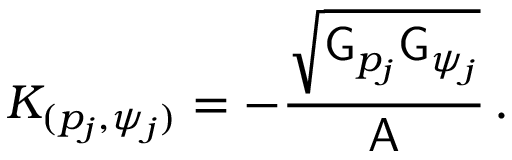
K _ { ( p _ { j } , \psi _ { j } ) } = - \frac { \sqrt { \mathsf { G } _ { p _ { j } } \mathsf { G } _ { \psi _ { j } } } } { \mathsf { A } } \, .